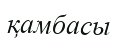
қамбасы